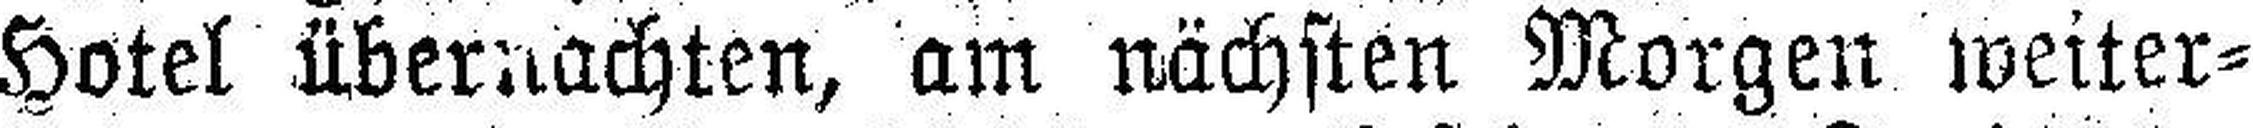
Hotel übernachten, am nächsten Morgen weiter¬